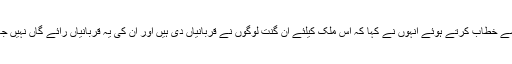
تقریب سے خطاب کرتے ہوئے انہوں نے کہا کہ اس ملک کیلئے ان گنت لوگوں نے قربانیاں دی ہیں اور ان کی یہ قربانیاں رائے گاں نہیں جائیں گی۔